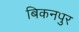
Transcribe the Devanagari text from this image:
बिकनपुर